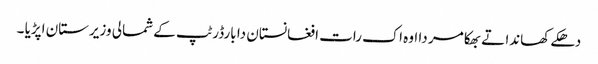
دھکے کھاندا تے بھکا مر دا اوہ اک رات افغانستان دا بارڈر ٹپ کے شمالی وزیرستان اپڑیا ۔